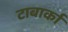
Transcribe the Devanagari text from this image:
टाबार्का